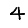
Digit: 4